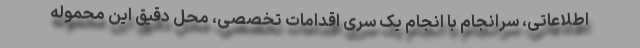
اطلاعاتی، سرانجام با انجام یک سری اقدامات تخصصی، محل دقیق این محموله